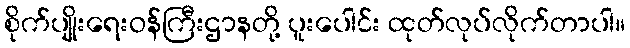
စိုက်ပျိုးရေးဝန်ကြီးဌာနတို့ ပူးပေါင်း ထုတ်လုပ်လိုက်တာပါ။